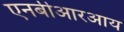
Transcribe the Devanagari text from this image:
एनबीआरआय